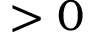
> 0